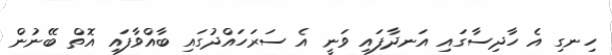
ހިނގި އެ ހާދިސާގައި އަނދާފައި ވަނީ އެ ސަރަހައްދުގައި ބާއްވާފައި އޮތް ބޭނުން